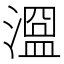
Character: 𣽭